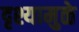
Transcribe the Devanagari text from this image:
दृश्यामुळे